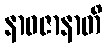
နာဝဇာနာတိ